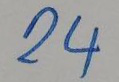
24